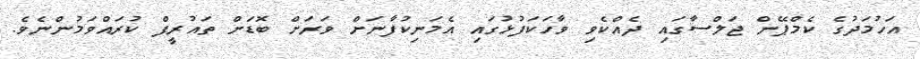
އަހުމަދުގެ ކެމްޕޭން ޖަލްސާގައި ދެއްކެވި ވާހަކަފުޅުގައި އެމަނިކުފާނަށް ވަރަށް ބޮޑަށް ތައުރީފް ކުރައްވަމުންނެެވެ.